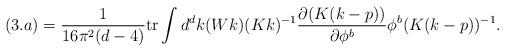
LaTeX: \begin{align*}(3.a) = \frac{1}{16\pi^2(d-4)}\mbox{tr} \int d^d k (Wk) (Kk)^{-1} \frac{\partial (K(k-p))}{\partial \phi^b}\phi^b (K(k-p))^{-1}.\end{align*}